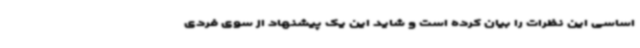
اساسی این نظرات را بیان کرده است و شاید این یک پیشنهاد از سوی فردی